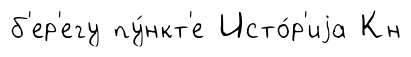
б'ер'егу пу́нкт'е Исто́р'иjа Кн